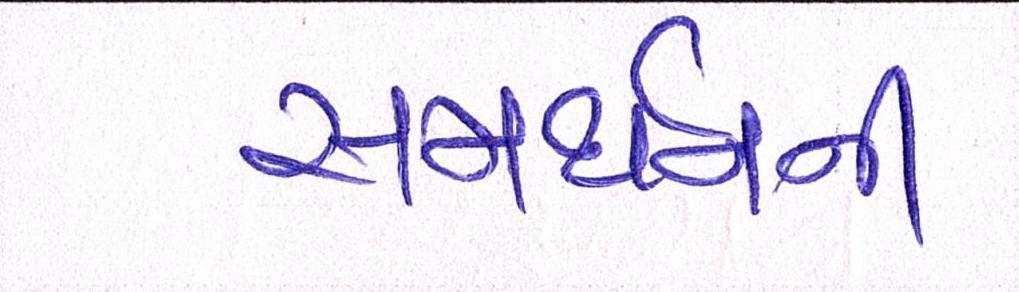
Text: સમર્થનની